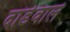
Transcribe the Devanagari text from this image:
दांडेवाले